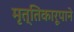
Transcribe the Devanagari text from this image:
मृत्तिकारूपाने